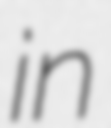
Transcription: in